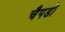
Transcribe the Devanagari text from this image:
चैपडों